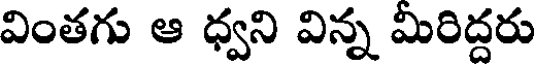
వింతగు ఆ ధ్వని విన్న మీరిద్దరు